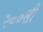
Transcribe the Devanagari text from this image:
२००सी